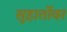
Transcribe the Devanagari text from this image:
सुहार्तोवर